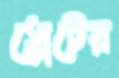
স্লেটের